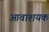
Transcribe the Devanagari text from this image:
आवाशयक